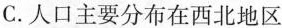
C.人口主要分布在西北地区